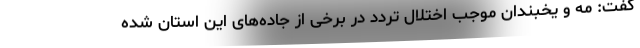
گفت: مه و یخبندان موجب اختلال تردد در برخی از جاده‌های این استان شده